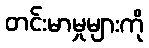
တင်းမာမှုများကို